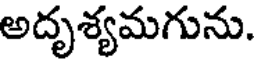
అదృశ్యమగును.